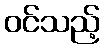
ဝင်သည့်